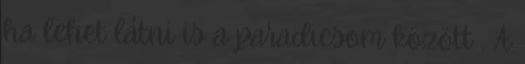
ha lehet látni is a paradicsom között . A